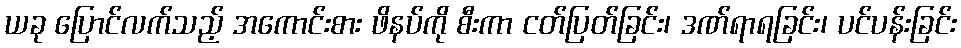
ယခု ပြောင်လက်သည့် အကောင်းစား ဖိနပ်ကို စီးကာ ငတ်ပြတ်ခြင်း၊ ဒဏ်ရာရခြင်း၊ ပင်ပန်းခြင်း